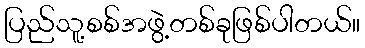
ပြည်သူ့စစ်အဖွဲ့တစ်ခုဖြစ်ပါတယ်။